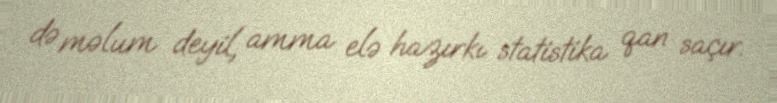
də məlum deyil, amma elə hazırkı statistika qan saçır.